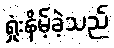
ရှုံးနိမ့်ခဲ့သည်